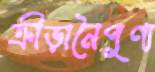
ক্রীড়ানৈপুণ্য